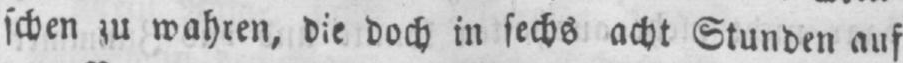
schen zu wahren, die doch in sechs acht Stunden auf